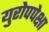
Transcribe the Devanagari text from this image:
युरोपपेक्षा